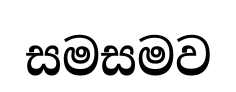
සමසමව